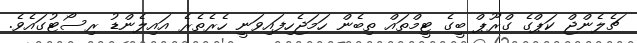
ޗެލެންޖް ކަޕްގެ ގްރޫޕް ބީގެ ޓީމްތައް ތިބެން ހަމަޖެހިފައިވަނީ ހެރެތެރެ އައިލެންޑު ރިސޯޓުގައެވެ.